Indian journal of veterinary science and animal husbandry - Volume 8,
Year: 1938
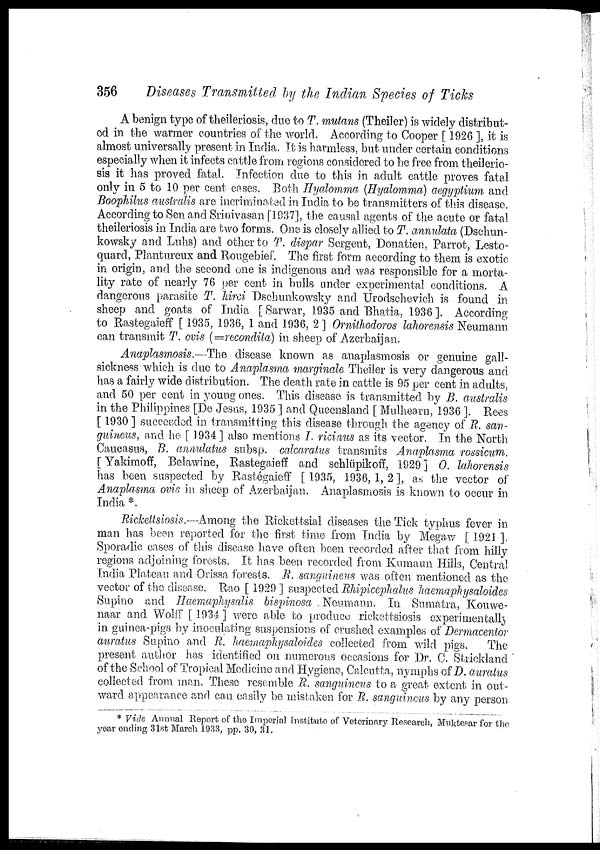
356
Diseases Transmitted by the Indian Species of Ticks
A benign type of theileriosis, due to T. mutans (Theiler) is widely distribut-
ed in the warmer countries of the world. According to Cooper [ 1926 ], it is
almost universally present in India. It is harmless, but under certain conditions
especially when it infects cattle from regions considered to be free from theilerio-
sis it has proved fatal. Infection due to this in adult cattle proves fatal
only in 5 to 10 per cent cases. Both Hyalomma (Hyalomma) aegyptium and
Boophilus auslralis are incriminated in India to be transmitters of this disease.
According to Sen and Srinivasan [1937], the causal agents of the acute or fatal
theileriosis in India are two forms. One is closely allied to T. annulata (Dschun¬
kowsky and Luhs) and other to T. dispar Sergent, Donatien, Parrot, Lesto¬
quard, Plantureux and Rougebief. The first form according to them is exotic
in origin, and the second one is indigenous and was responsible for a morta-
lity rate of nearly 76 per cent in bulls under experimental conditions. A
dangerous parasite T. hirci Dschunkowsky and Urodschevich is found in
sheep and goats of India [ Sarwar, 1935 and Bhatia, 1936 ]. According
to Rastegaieff [ 1935, 1936, 1 and 1936, 2 ] Ornithodoros lahorensis Neumann
can transmit T. ovis (=recondita) in sheep of Azerbaijan.
Anaplasmosis.—The disease known as anaplasmosis or genuine gall-
sickness which is due to Anaplasma marginale Theiler is very dangerous and
has a fairly wide distribution. The death rate in cattle is 95 per cent in adults,
and 50 per cent in young ones. This disease is transmitted by B. australis
in the Philippines [De Jesus, 1935 ] and Queensland [ Mulhearn, 1936 ]. Rees
[ 1930] succeeded in transmitting this disease through the agency of R. san-
guineus, and he [ 1934] also mentions I. ricinus as its vector. In the North
Caucasus, B. annulatus subsp. calcaratus transmits Anaplasma rossicum
[ Yakimoff, Belawine, Rastegaieff and schlüpikoff, 1929 ] 0. lahorensis
has been suspected by Rastégaieff [1935, 1936,1,2], as the vector of
Anaplasma ovis in sheep of Azerbaijan. Anaplasmosis is known to occur in
India *.
.Rickettsiosis.—-Among the Rickettsial diseases the Tick typhus fever in
man has been reported for the first time from India by Megaw [ 1921 ]
Sporadic cases of this disease have often been recorded after that from hilly
regions adjoining forests. It has been recorded from Kumaun Hills, Central
India Plateau and Orissa forests. R. sanguineus was often mentioned as the
vector of the disease. Rao [ 1929 ] suspected Rhipicephalus haemaphysaloides
Supino and Haemaphysails bispinosa . Neumann. In Sumatra, Kouwe¬
naar and Wolff [1934] were able to produce rickettsiosis experimentally
in. guinea-pigs by inoculating suspensions of crushed examples of Dermacentor
auratus Supino and R. haemaphysaloides collected from wild pigs.
The
present author has identified on numerous occasions for Dr. C. Strickland
of the School of Tropical Medicine and Hygiene, Calcutta, nymphs of D. auratus
collected from man. These resemble R. sanguineus to a great extent in out-
ward appearance and can easily be mistaken for R. sanguineus by any person
* Vide Annual Report of the Imperial Institute of Veterinary Research, Muktesar for the
year ending 31st March 1933, pp. 30, 31.